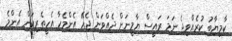
ކާމިޔާބު ކުރެއްވިޖެ ނަމަ ރައީސް ޔާމީނަށް ދެއްވަން ޖެހޭ އެންމެހާ އެހީތެރިކަން އެންމެ